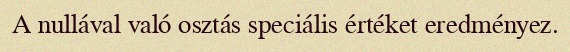
A nullával való osztás speciális értéket eredményez.